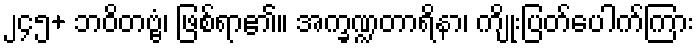
၂၄၅+ ဘဝိတဗ္ဗံ၊ ဖြစ်ရာ၏။ အက္ခဏ္ဍတာရိနာ၊ ကျိုးပြတ်ပေါက်ကြား